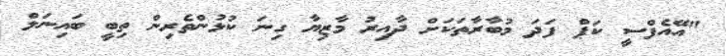
"އޭއެފްސީ ކަޕް ފަދަ މުބާރާތަކަށް ދާއިރު މާޒިޔާ ގިނަ ކުޅުންތެރިން ތިބީ ބައިނަލް